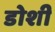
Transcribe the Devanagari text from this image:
डोशी